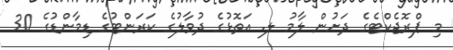
މި ޕްރޮޖެކްޓެގެ ދަށުން ލާމު ލ. އަތޮޅުގެ ދުވާލުގެ ކަރަންޓުގެ ޑިމާންޑުގެ 30